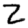
Digit: 2